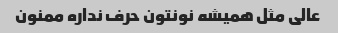
عالی مثل همیشه نونتون حرف نداره ممنون